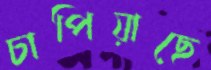
চাপিয়াছে